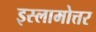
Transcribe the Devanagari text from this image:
इस्लामोत्तर